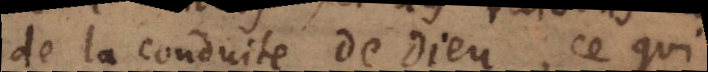
de la conduite de Dieu, ce qui